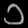
Digit: ၁